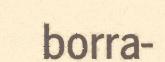
borra-